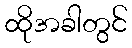
ထိုအခါတွင်